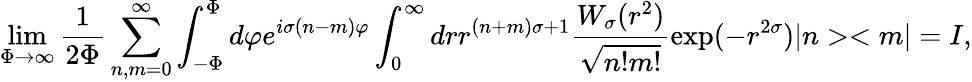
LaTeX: \underset{\Phi\rightarrow\infty}{\operatorname*{lim}}\frac{1}{2\Phi}\sum_{n,m=0}^{\infty}\int_{-\Phi}^{\Phi}d\varphi e^{i\sigma(n-m)\varphi}\int_{0}^{\infty}drr^{(n+m)\sigma+1}\frac{W_{\sigma}(r^{2})}{\sqrt{n!m!}}\exp(-r^{2\sigma})|n><m|=I,